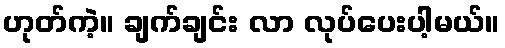
ဟုတ်ကဲ့။ ချက်ချင်း လာ လုပ်ပေးပါ့မယ်။